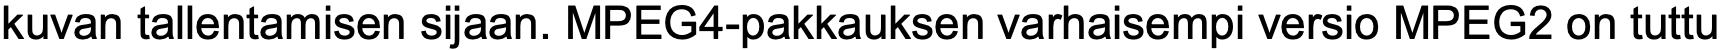
kuvan tallentamisen sijaan. MPEG4-pakkauksen varhaisempi versio MPEG2 on tuttu